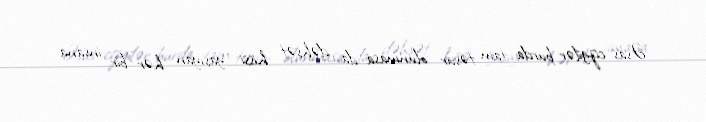
Əsas cizgilər burda tam təsvir olunmasa da, dəhşət hissi yaşıyan hər bir insana